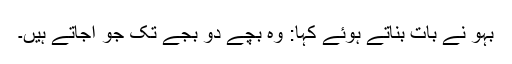
بہو نے بات بناتے ہوئے کہا: وہ بچے دو بجے تک جو آجاتے ہیں۔